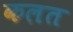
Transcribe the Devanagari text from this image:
कलत